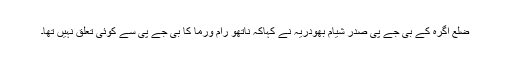
ضلع اگرہ کے بی جے پی صدر شیام بھودریہ نے کہاکہ ناتھو رام ورما کا بی جے پی سے کوئی تعلق نہیں تھا۔